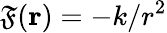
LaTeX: \mathfrak{F}(\mathbf{{r}})=-k/r^{2}